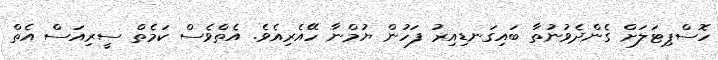
ހޮސްޕިޓަލަށް ގެންދެވުނުތާ ބައިގަނޑިއިރު ފަހުން ޔުމްނާ ހޭއެރިއެވެ. އެތްވެސް ކަމެތް ސީރިއަސް އެތް